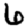
Digit: 6